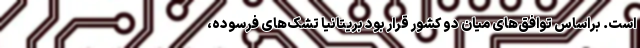
است. براساس توافق‌های میان دو کشور قرار بود بریتانیا تشک‌های فرسوده،